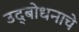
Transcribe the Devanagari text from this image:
उद्‌बोधनाचे